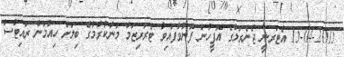
15-04-2015 އެޓަރނީ ޖެނެރަލްގެ އޮފީހުން ފޮނުވާފައިވާ ޓެރަރިޒަމް މަނާކުރުމުގެ ބިލަށް ހިއުމަން ރައިޓްސް